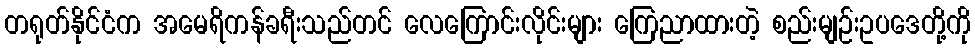
တရုတ်နိုင်ငံက အမေရိကန်ခရီးသည်တင် လေကြောင်းလိုင်းများ ကြေညာထားတဲ့ စည်းမျဉ်းဥပဒေတို့ကို